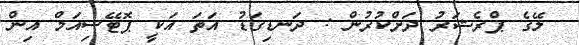
ލޭގެ ޕްރެޝަރު ދަށްކުރުން : ދަނޑިގަޑު އަތަ އަކީ ޕޮޓޭސިއަމް އިން